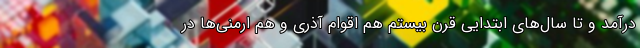
درآمد و تا سال‌های ابتدایی قرن بیستم هم اقوام آذری و هم ارمنی‌ها در